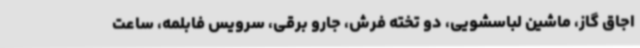
اجاق گاز، ماشین لباسشویی، دو تخته فرش، جارو برقی، سرویس فابلمه، ساعت